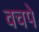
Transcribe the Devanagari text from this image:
वचपे